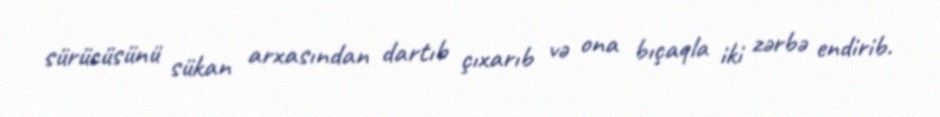
sürücüsünü sükan arxasından dartıb çıxarıb və ona bıçaqla iki zərbə endirib.